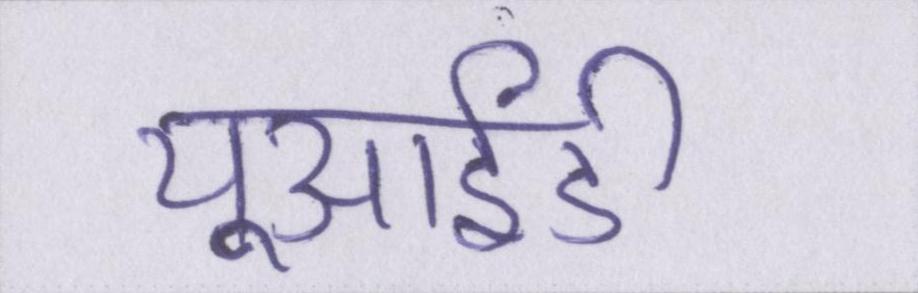
यूआईडी